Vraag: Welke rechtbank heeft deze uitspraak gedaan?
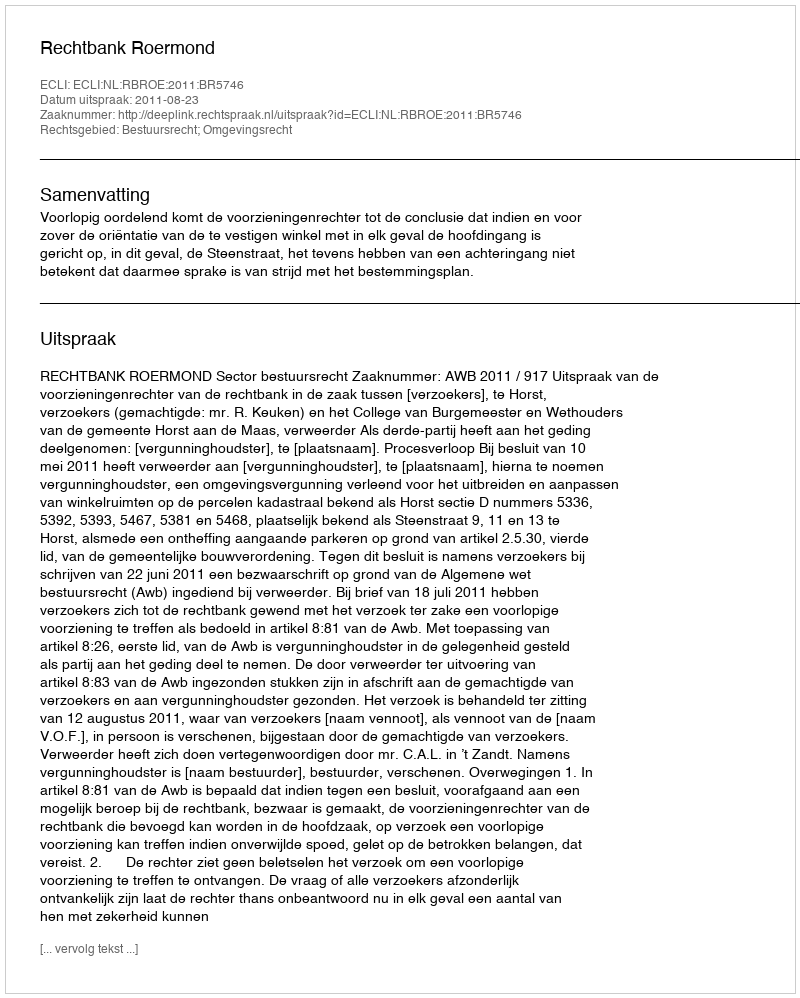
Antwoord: Rechtbank Roermond